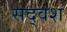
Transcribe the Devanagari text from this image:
सद्वश